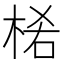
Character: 𣒅